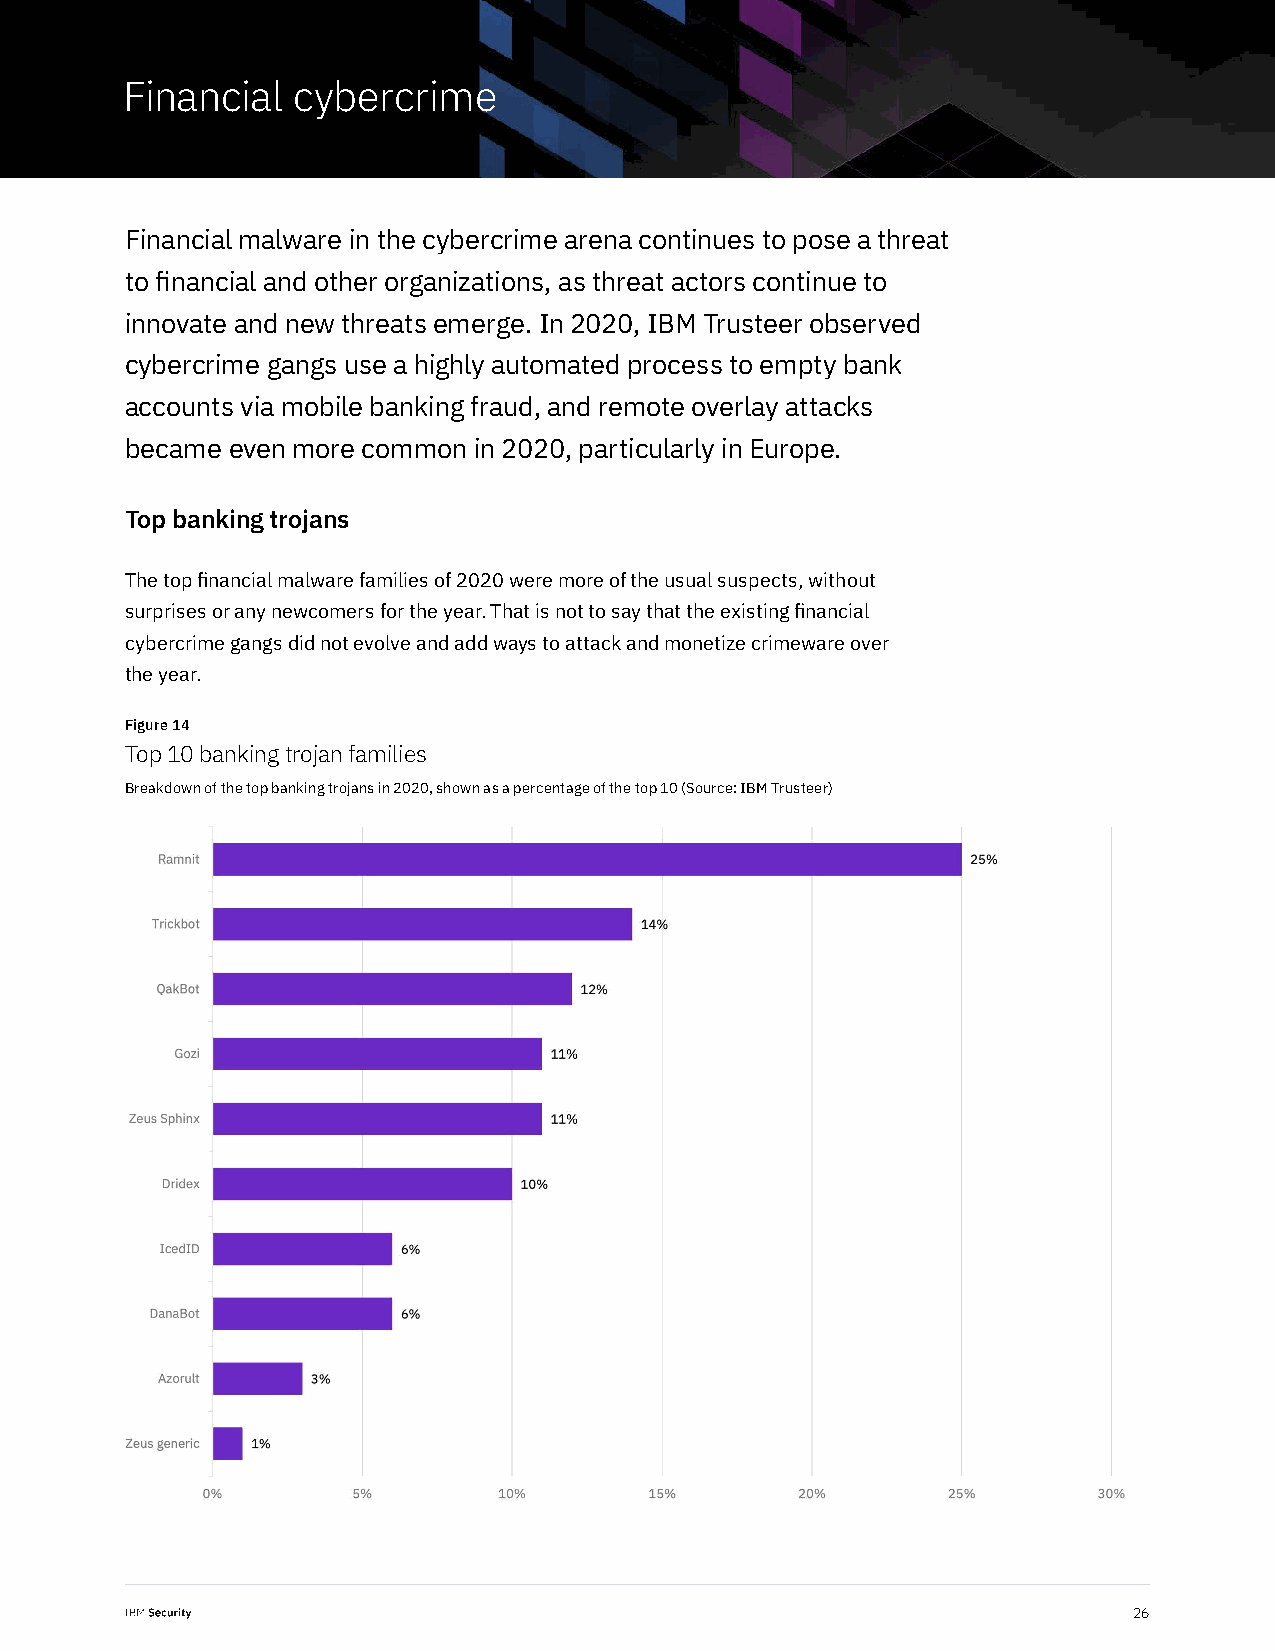
Financial  cybercrime
 Financial malware in the cybercrime arena continues to pose a threat
 to financial and other organizations, as threat actors continue to
 innovate and new threats emerge. In 2020, IBM Trusteer observed
 cybercrime gangs use a highly automated process to empty bank
 accounts via mobile banking fraud, and remote overlay attacks
 became even more common in 2020, particularly in Europe.
 Top banking trojans
 The top financial malware families of 2020 were more of the usual suspects, without
 surprises or any newcomers for the year. That is not to say that the existing financial
 cybercrime gangs did not evolve and add ways to attack and monetize crimeware over
 the year.
 Figure 14
 Top 10 banking trojan families
 Breakdown of the top banking trojans in 2020, shown as a percentage of the top 10 (Source: IBM Trusteer)
 26